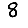
Digit: 8